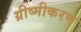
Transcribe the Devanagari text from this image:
ग्रीष्मीकरण